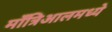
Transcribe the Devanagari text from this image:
माँत्रिआलमध्ये